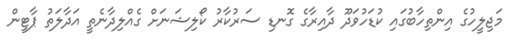
މަޖިލީހުގެ އިންތިހާބުގައި ކުޑަހުވަދޫ ދާއިރާގެ ގޮނޑި ސަރުކާރު ކޯލިޝަނަށް ގެއްލިދާނެތީ އަދާލަތު ޕާޓީން